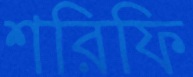
শরিফি